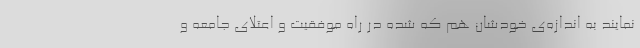
نمایند به اندازه‌ی خودشان هم که شده در راه موفقیت و اعتلای جامعه و